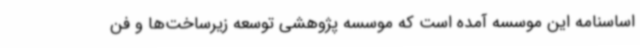
اساسنامه این موسسه آمده است که موسسه پژوهشی توسعه زیرساخت‌ها و فن